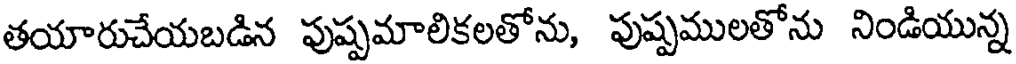
తయారుచేయబడిన పుష్పమాలికలతోను, పుష్పములతోను నిండియున్న